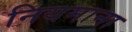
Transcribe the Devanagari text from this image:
नियमाना